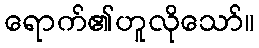
ရောက်၏ဟူလိုသော်။